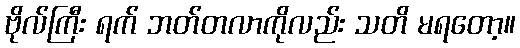
ဗိုလ်ကြီး ရက် ဘတ်တလာကိုလည်း သတိ မရတော့။